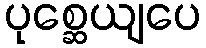
ပုစ္ဆေယျပေ